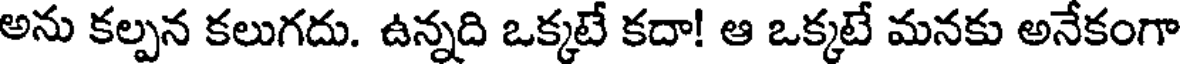
అను కల్పన కలుగదు. ఉన్నది ఒక్కటే కదా! ఆ ఒక్కటే మనకు అనేకంగా